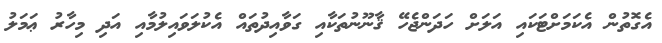
އެގޮތުން އެކަމަށްޓަކައި އަލަށް ހަދަންޖެހޭ ޤާނޫނުތަކާއި ގަވާއިދުތައް އެކުލަވައިލުމާއި އަދި މިހާރު ޢަމަލު